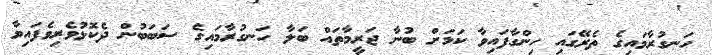
ހަނގުރާމައިގެ ތެރޭގައި ހިންގާފައިވާ ކަމަށް ބުނާ ޖަރީމާތައް ބަލާ ހަނގުރާމައިގެ ސަބަބުން ދެކޮޅުވެރިވެފައިވާ